Medical and sanitary report of the native army of Bengal for the year
Year: 1874
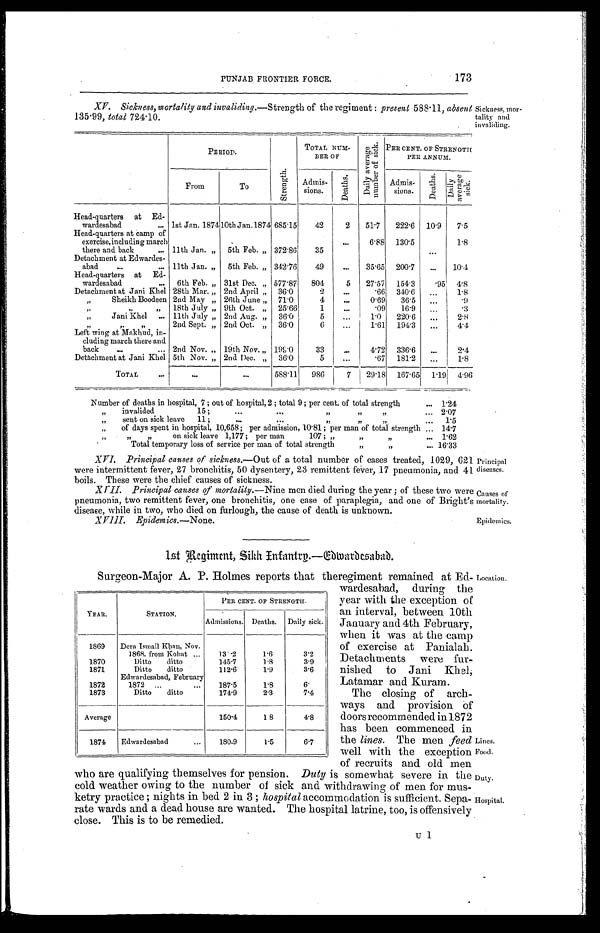
Principal
diseases.
Causes of
mortality.
Epidemics.—None.
Epidemics.
PUNJAB FRONTIER FORCE.
173
XV. Sickness, mortality and invaliding .—Strength of the regiment : present 588.11, absent
135.99, total 724.10.
Sickness, mor
tal i ty and i nval i di ng.
P E R I O D .
S t r e n g t h .
TOTAL NUM-
BER OF
D a i l y a v e r a g e n u m b e r o f s i c k .
PER CENT. OF STRENGTH
PER ANNUM.
From
To
A d m i s - s i o n s .
D e a t h s .
A d m i s s i o n s .
D e a t h s .
D a i l y a v e r a g e s i c k .
Head-quarters at Ed-
wardesabad
... 1st Jan. 1874 10th Jan.1874 685.15
42
2 51.7 222.6 10.9 7.5
Head-quarters at camp of
exercise,including march
there and back
... 11th Jan. „ 5th Feb. „ 372.86
35
...
6.88 130.5
. . .
1.8
Detachment at Edwardes-
abad
...
... 11th Jan. „ 5th Feb. „ 342.76
49
...
35.65 200.7 ... 10.4
Head-quarters at Ed-
wardesabad
... 6th Feb. „ 31st Dec. „ 577.87 804
5 27.57 154.3
.95 4.8
Detachment at Jani Khel 28th Mar. „ 2nd April „ 36.0
2
...
.66 340.6 ...
1.8
,,
Sheikh Boodeen 2nd May „ 26th June „ 71.0
4
...
0.69 36.5 ...
.9
,,
„ 18th July „ 9th Oct. „ 25.66
1
...
.09 16.9 ...
. 3
,,
Jani Khel ... 11th July „ 2nd Aug. „ 36.0
5
...
1.0 220.6
. . .
2.8
,,
.
,,
2nd Sept. „ 2nd Oct. „ 36.0
6
...
1.61 194.3 ...
4.4
Left wing at Makhud, in-
cluding march there and
back
...
... 2nd Nov. „ 19th Nov. „ 199.0
33
...
4.72 336.6 ...
2 . 4
Detachment at Jani Khel 5th Nov. „ 2nd Dec. „ 36.0
5
...
.67 181.2
. . .
1 . 8
TOTAL
...
. . .
. . .
588.11 986
7 29.18 167.65 1.19 4.96
Number of deaths in hospital, 7 ; out of hospital, 2 ; total 9; per cent. of total strength
. . .
1.24
,,
invalided 15; ... ..
13
3,
ff
ff
. . .
2.07
sent on sick leave 11;
...
...
29 sent
22
25
. . .
1.5
,, of days spent in hospital, 10,658; per admission, 10.81 ; per man of total strength
. . .
14.7
,,
,, ,, on sick leave 1,177 ; per man 107 ; „ ,, ,,
. . .
1.62
Total temporary loss of service per man of total strength
,.
,,
. . .
16..33
XVI. Principal causes of sickness. —Out of a total number of cases treated, 1029, 621
were intermittent fever, 27 bronchitis, 50 dysentery, 23 remittent fever, 17 pneumonia, and 41
boils. These were the chief causes of sickness.
X VII. Principal causes of mortality .—Nine men died during the year ; of these two were
pneumonia, two remittent fever, one bronchitis, one case of paraplegia, and one of Bright's
disease, while in two, who died on furlough, the cause of death is unknown.
1st Regiment, Sikh Infantry.—Edwardesabad.
Surgeon-Major A. P. Holmes reports that theregiment remained at Ed-
wardesabad, during the
year with the exception of
an interval, between 10th
January and 4th February,
when it was at the camp
of exercise at Panialah.
Detachments were fur-
-
nished to Jani Khel;
Latamar and Kuram.
The closing of arch
-
ways and provision of
doors recommended in 1872
has been commenced in
the lines. The men feed
well with the exception
of recruits and old men
who are qualifying themselves for
pension. Duty is somewhat severe in the
cold weather owing to the number of sick and withdrawing of men for mus-
-
ketry practice ; nights in bed 2 in 3 ; hospital accommodation is sufficient. Sepa
-
rate wards and a dead house are wanted. The hospital latrine, too, is offensively
close. This is to be remedied.
u 1
YEAR.
STATION.
PER CENT. OF STRENGTH.
Admissions. Deaths. Daily sick.
1869 Dera Ismail Khan, Nov.
1864. from Kohat ...
1 3 .2
1.6
3.2
1870
Ditto ditto
145.7
1.8
3.9
1871
Ditto ditto
Edwardesabad, February
112.6
1.9
3.6
1872
1872 ...
...
187.5
1.8
6.
1873
Ditto ditto
174.9
2.3
7.4
Average
150.4
18
4 . 8
1874 Edwardesabad
...
180.9
1.5
6.7
Location.
Lines.
Food.
Duty.
Hospital.